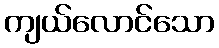
ကျယ်လောင်သော